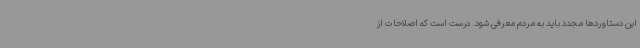
این دستاوردها مجدد باید به مردم معرفی شود. درست است که اصلاحات از